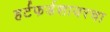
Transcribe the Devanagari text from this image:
हर्टफर्डशायरचा